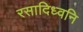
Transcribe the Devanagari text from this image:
रसादिध्वनि